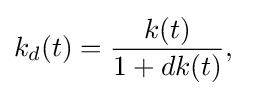
k_{d}(t)={\frac {k(t)}{1+dk(t)}},\quad